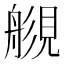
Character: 𧡬